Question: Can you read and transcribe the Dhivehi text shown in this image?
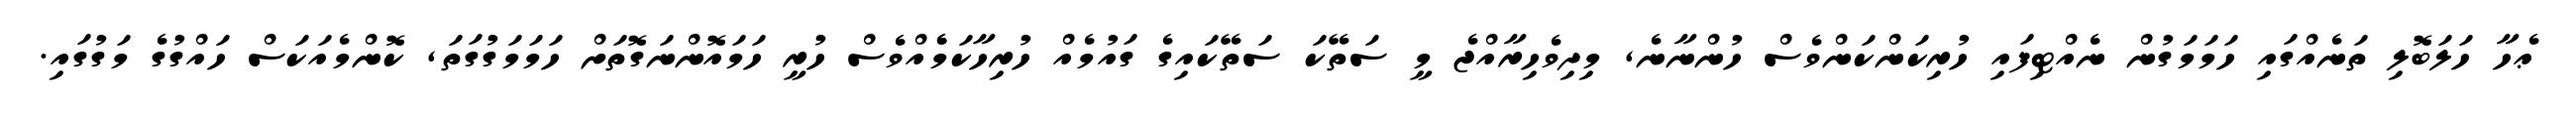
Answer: ޢެހާ ހަލަބޮލި ތަނެއްގައި ހަމަމަގުން ނެއްޓިފައި ހުރިކަންކަންވެސް ހުންނާނެ, މިދިވެހިރާއްޖެ މީ ސަތޭކަ ސަތޭކައިގެ ގައުމެއް ހުރިހާކަމެެއްވެސް ހުރީ ހަމައޮންނަގޮތަށް ހަމަމަގުގަތަ, ކޮންމެއަކަސް ހައްގުގެ މަގުގައި.